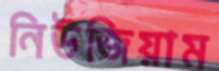
নিউজিয়াম